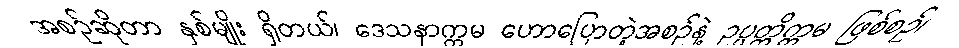
အစဉ်ဆိုတာ နှစ်မျိုး ရှိတယ်၊ ဒေသနာက္ကမ ဟောပြောတဲ့အစဉ်နဲ့ ဥပ္ပတ္တိက္ကမ ဖြစ်စဉ်၊